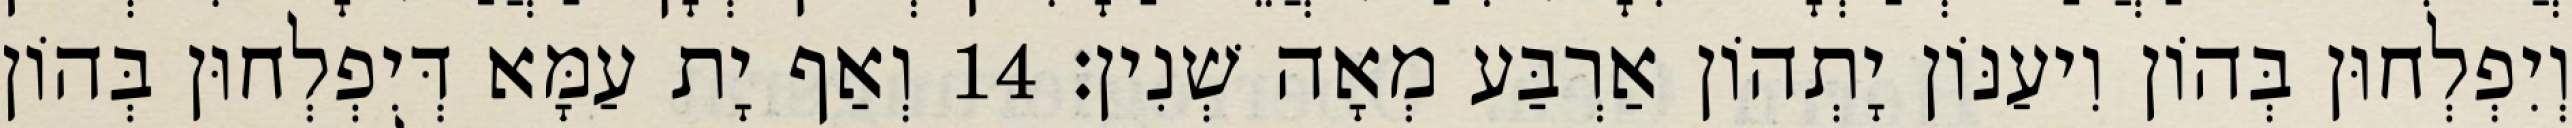
וְיִפְלְחוּן בְּהוֹן וִיעַנּוֹן יָתְהוֹן אַרְבַּע מְאָה שְׁנִין׃ 14 וְאַף יָת עַמָּא דְּיִפְלְחוּן בְּהוֹן